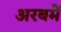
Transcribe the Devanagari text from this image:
अरबमें